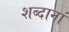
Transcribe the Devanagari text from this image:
शब्दानां